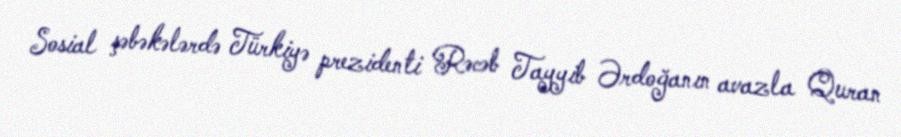
Sosial şəbəkələrdə Türkiyə prezidenti Rəcəb Tayyib Ərdoğanın avazla Quran